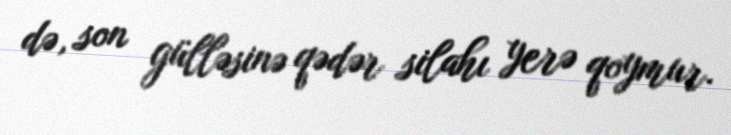
də, son gülləsinə qədər silahı yerə qoymur.